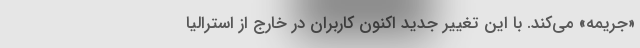
«جریمه» می‌کند. با این تغییر جدید اکنون کاربران در خارج از استرالیا